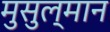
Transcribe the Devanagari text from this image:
मुसुल्मान